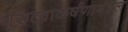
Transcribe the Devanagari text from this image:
गुरुत्वाकर्षणाबद्दल